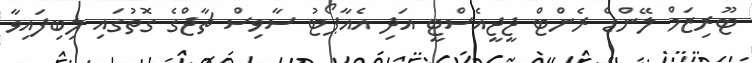
ޓޫރިޒަމް ލޭންޑް ރެންޓް ޖީޖީއެސްޓީ އަދި އެއާޕޯޓު ސާވިސް ޗާޖްގެ ގޮތުގައި ލިބިފައިވާ